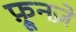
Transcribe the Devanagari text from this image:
फ़्रूनज़े